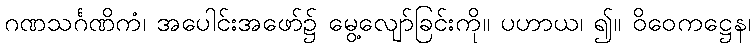
ဂဏသင်္ဂဏိကံ၊ အပေါင်းအဖော်၌ မွေ့လျော်ခြင်းကို။ ပဟာယ၊ ၍။ ဝိဝေကဋ္ဌေန၊